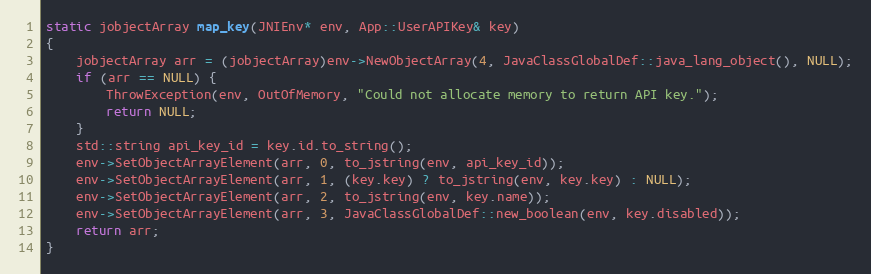
Language: C++
static jobjectArray map_key(JNIEnv* env, App::UserAPIKey& key)
{
    jobjectArray arr = (jobjectArray)env->NewObjectArray(4, JavaClassGlobalDef::java_lang_object(), NULL);
    if (arr == NULL) {
        ThrowException(env, OutOfMemory, "Could not allocate memory to return API key.");
        return NULL;
    }
    std::string api_key_id = key.id.to_string();
    env->SetObjectArrayElement(arr, 0, to_jstring(env, api_key_id));
    env->SetObjectArrayElement(arr, 1, (key.key) ? to_jstring(env, key.key) : NULL);
    env->SetObjectArrayElement(arr, 2, to_jstring(env, key.name));
    env->SetObjectArrayElement(arr, 3, JavaClassGlobalDef::new_boolean(env, key.disabled));
    return arr;
}